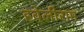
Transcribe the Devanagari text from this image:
हवेलीराम